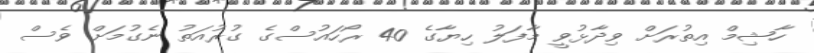
ހާޝިމް އިތުރަށް ވިދާޅުވީ މާފަލު ހިޔާގެ 40 ރޯހައުސްގެ ގުރުއަތު ނެގުމަށް ވެސް